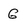
Character: G